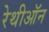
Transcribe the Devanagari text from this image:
रेथीऑन